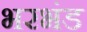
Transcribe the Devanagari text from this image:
भरभंड